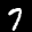
Label: 7